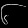
Digit: ၆